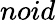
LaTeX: noid